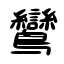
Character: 鸞